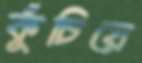
কুঁচিয়ে